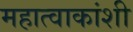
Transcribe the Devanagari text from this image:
महात्वाकांशी